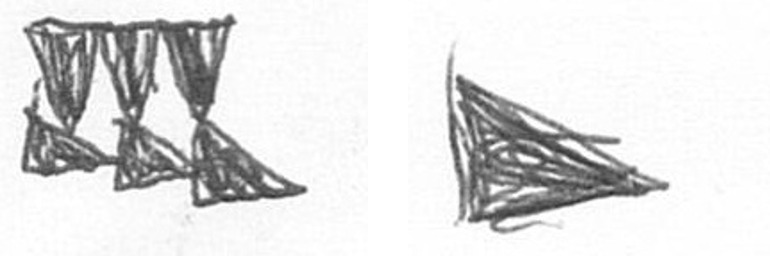
D T